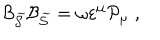
{ \cal B } _ { \widetilde { { \cal S } } } { \cal B } _ { \widetilde { { \cal S } } } = \omega \varepsilon ^ { \mu } { \cal P } _ { \mu } \; ,